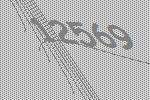
12569